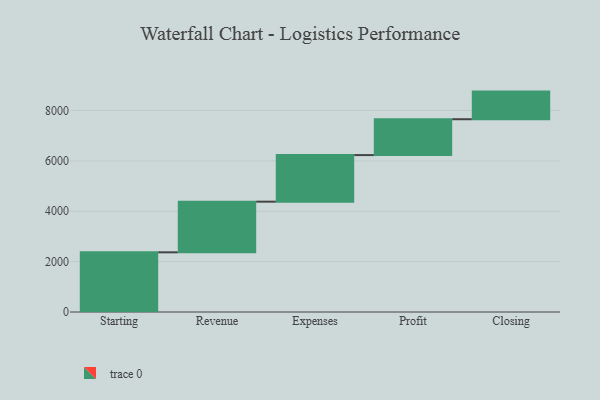
{"axis": {"x": "Step", "y": "Value"}, "legend": [""], "data": [{"x": "Starting", "y": 2370.0, "type": ""}, {"x": "Revenue", "y": 2011.0, "type": ""}, {"x": "Expenses", "y": 1850.0, "type": ""}, {"x": "Profit", "y": 1424.0, "type": ""}, {"x": "Closing", "y": 1097.0, "type": ""}]}